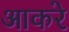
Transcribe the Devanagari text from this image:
आकरे